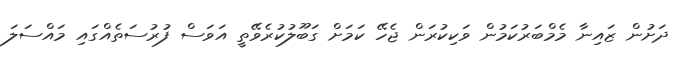
ދަށުން ޒައިނާ މެމްބަރުކަމުން ވަކިކުރަން ޖެހޭ ކަމަށް ގަބޫލުކުރެވޭތީ އަވަސް ފުރުސަތެއްގައި މައްސަލަ